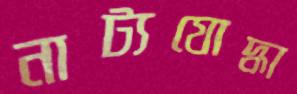
নাট্যযোদ্ধা